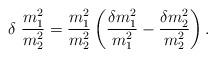
LaTeX: \begin{align*}\delta\ \frac{m_1^2}{m_2^2} = \frac{m_1^2}{m_2^2} \left(\frac{\delta m_1^2}{m_1^2}-\frac{\delta m_2^2}{m_2^2}\right).\end{align*}